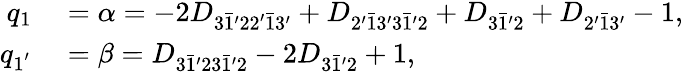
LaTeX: \begin{array}{rl}{q_{1}}&{{}=\alpha=-2{D_{3\bar{1}^{\prime}22^{\prime}\bar{1}3^{\prime}}}+{D_{2^{\prime}\bar{1}3^{\prime}3\bar{1}^{\prime}2}}+{D_{3\bar{1}^{\prime}2}}+{D_{2^{\prime}\bar{1}3^{\prime}}}-1,}\\ {q_{1^{'}}}&{{}=\beta={D_{3\bar{1}^{\prime}23\bar{1}^{\prime}2}}-2{D_{3\bar{1}^{\prime}2}}+1,}\end{array}